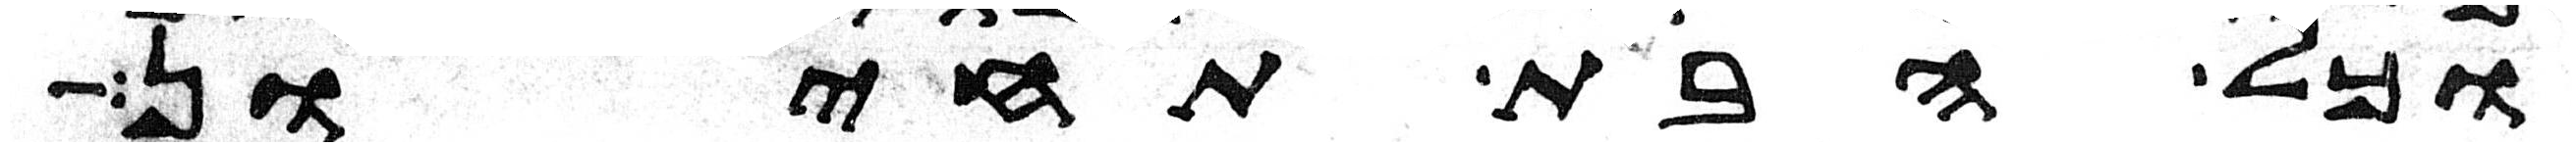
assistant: וכל הבת תחיון